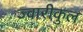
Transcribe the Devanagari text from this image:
ज्वारीकुल